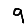
Digit: 9